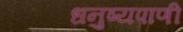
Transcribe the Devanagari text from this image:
धनुष्यपाणी